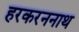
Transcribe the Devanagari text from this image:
हरकरननाथ